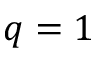
q = 1